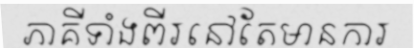
ភាគីទាំងពីរនៅតែមានការ